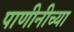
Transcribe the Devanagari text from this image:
पाणीनीच्या